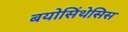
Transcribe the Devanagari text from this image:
बयोसिंथेसिस